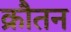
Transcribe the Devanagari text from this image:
क्रौतन